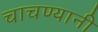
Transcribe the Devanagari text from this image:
चाचण्यानी